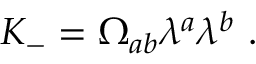
K _ { - } = \Omega _ { a b } \lambda ^ { a } \lambda ^ { b } \ .